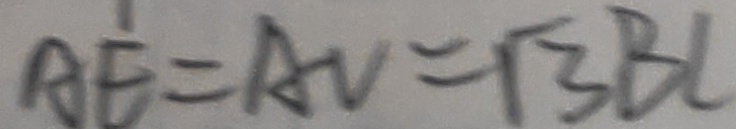
A E = A V = \sqrt { 3 } B C